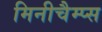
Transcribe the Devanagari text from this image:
मिनीचैम्प्स